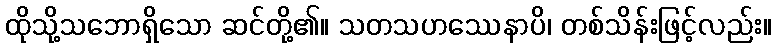
ထိုသို့သဘောရှိသော ဆင်တို့၏။ သတသဟဿေနာပိ၊ တစ်သိန်းဖြင့်လည်း။